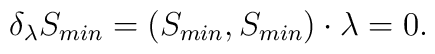
\delta_{\lambda} S_{min}     = ( S_{min} , S_{min} ) \cdot \lambda = 0.